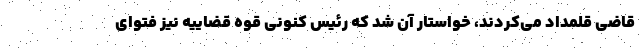
قاضی قلمداد می‌کردند، خواستار آن شد که رئیس کنونی قوه قضاییه نیز فتوای